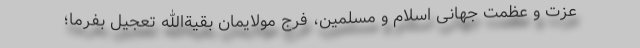
عزت و عظمت جهانی اسلام و مسلمین، فرج مولایمان بقیة‌الله تعجیل بفرما؛